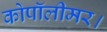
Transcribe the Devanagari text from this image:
कोपॉलीमर।